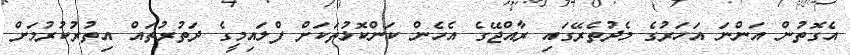
އެގޮތުން އަންނަ އަހަރުގެ މެދުތެރޭގައި ރާއްޖޭގެ އެހެން ކަންކޮޅުތަކަށް ފްލައިމީގެ ދަތުރުތައް އިތުރުކުރުމަށް